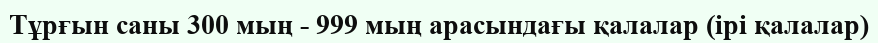
Тұрғын саны 300 мың - 999 мың арасындағы қалалар (ірі қалалар)